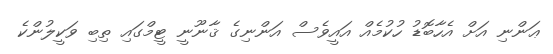
ޢަންނި އަށް އެހާބޮޑު ހުކުމެއް އައީވެސް އަންނިގެ ޤާނޫނީ ޓީމްގައި ތިބި ވަކީލުންކެ